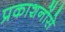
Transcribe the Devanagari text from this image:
प्रकाशनोंसे